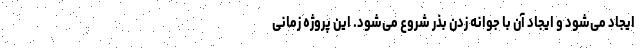
ایجاد می‌شود و ایجاد آن با جوانه زدن بذر شروع می‌شود. این پروژه زمانی